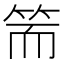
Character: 𥬵